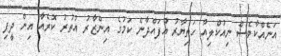
އަނެއްކާވެސް ނިއުކްލިއާ ހަތިޔާރު އުފައްދާނެ ކަމުގެ އިންޒާރު އުތުރު ކޮރެއާ އިން ދީފި